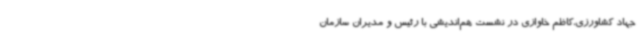
جهاد کشاورزی،کاظم خاوازی در نشست هم‌اندیشی با رئیس و مدیران سازمان